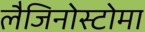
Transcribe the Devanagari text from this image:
लैजिनोस्टोमा